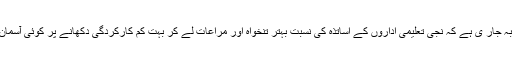
آج کل اس بات کا تجربہ جار ی ہے کہ نجی تعلیمی اداروں کے اساتذہ کی نسبت بہتر تنخواہ اور مراعات لے کر بہت کم کارکردگی دکھانے پر کوئی آسمان گرتا ہے یا کچھ اور ۔